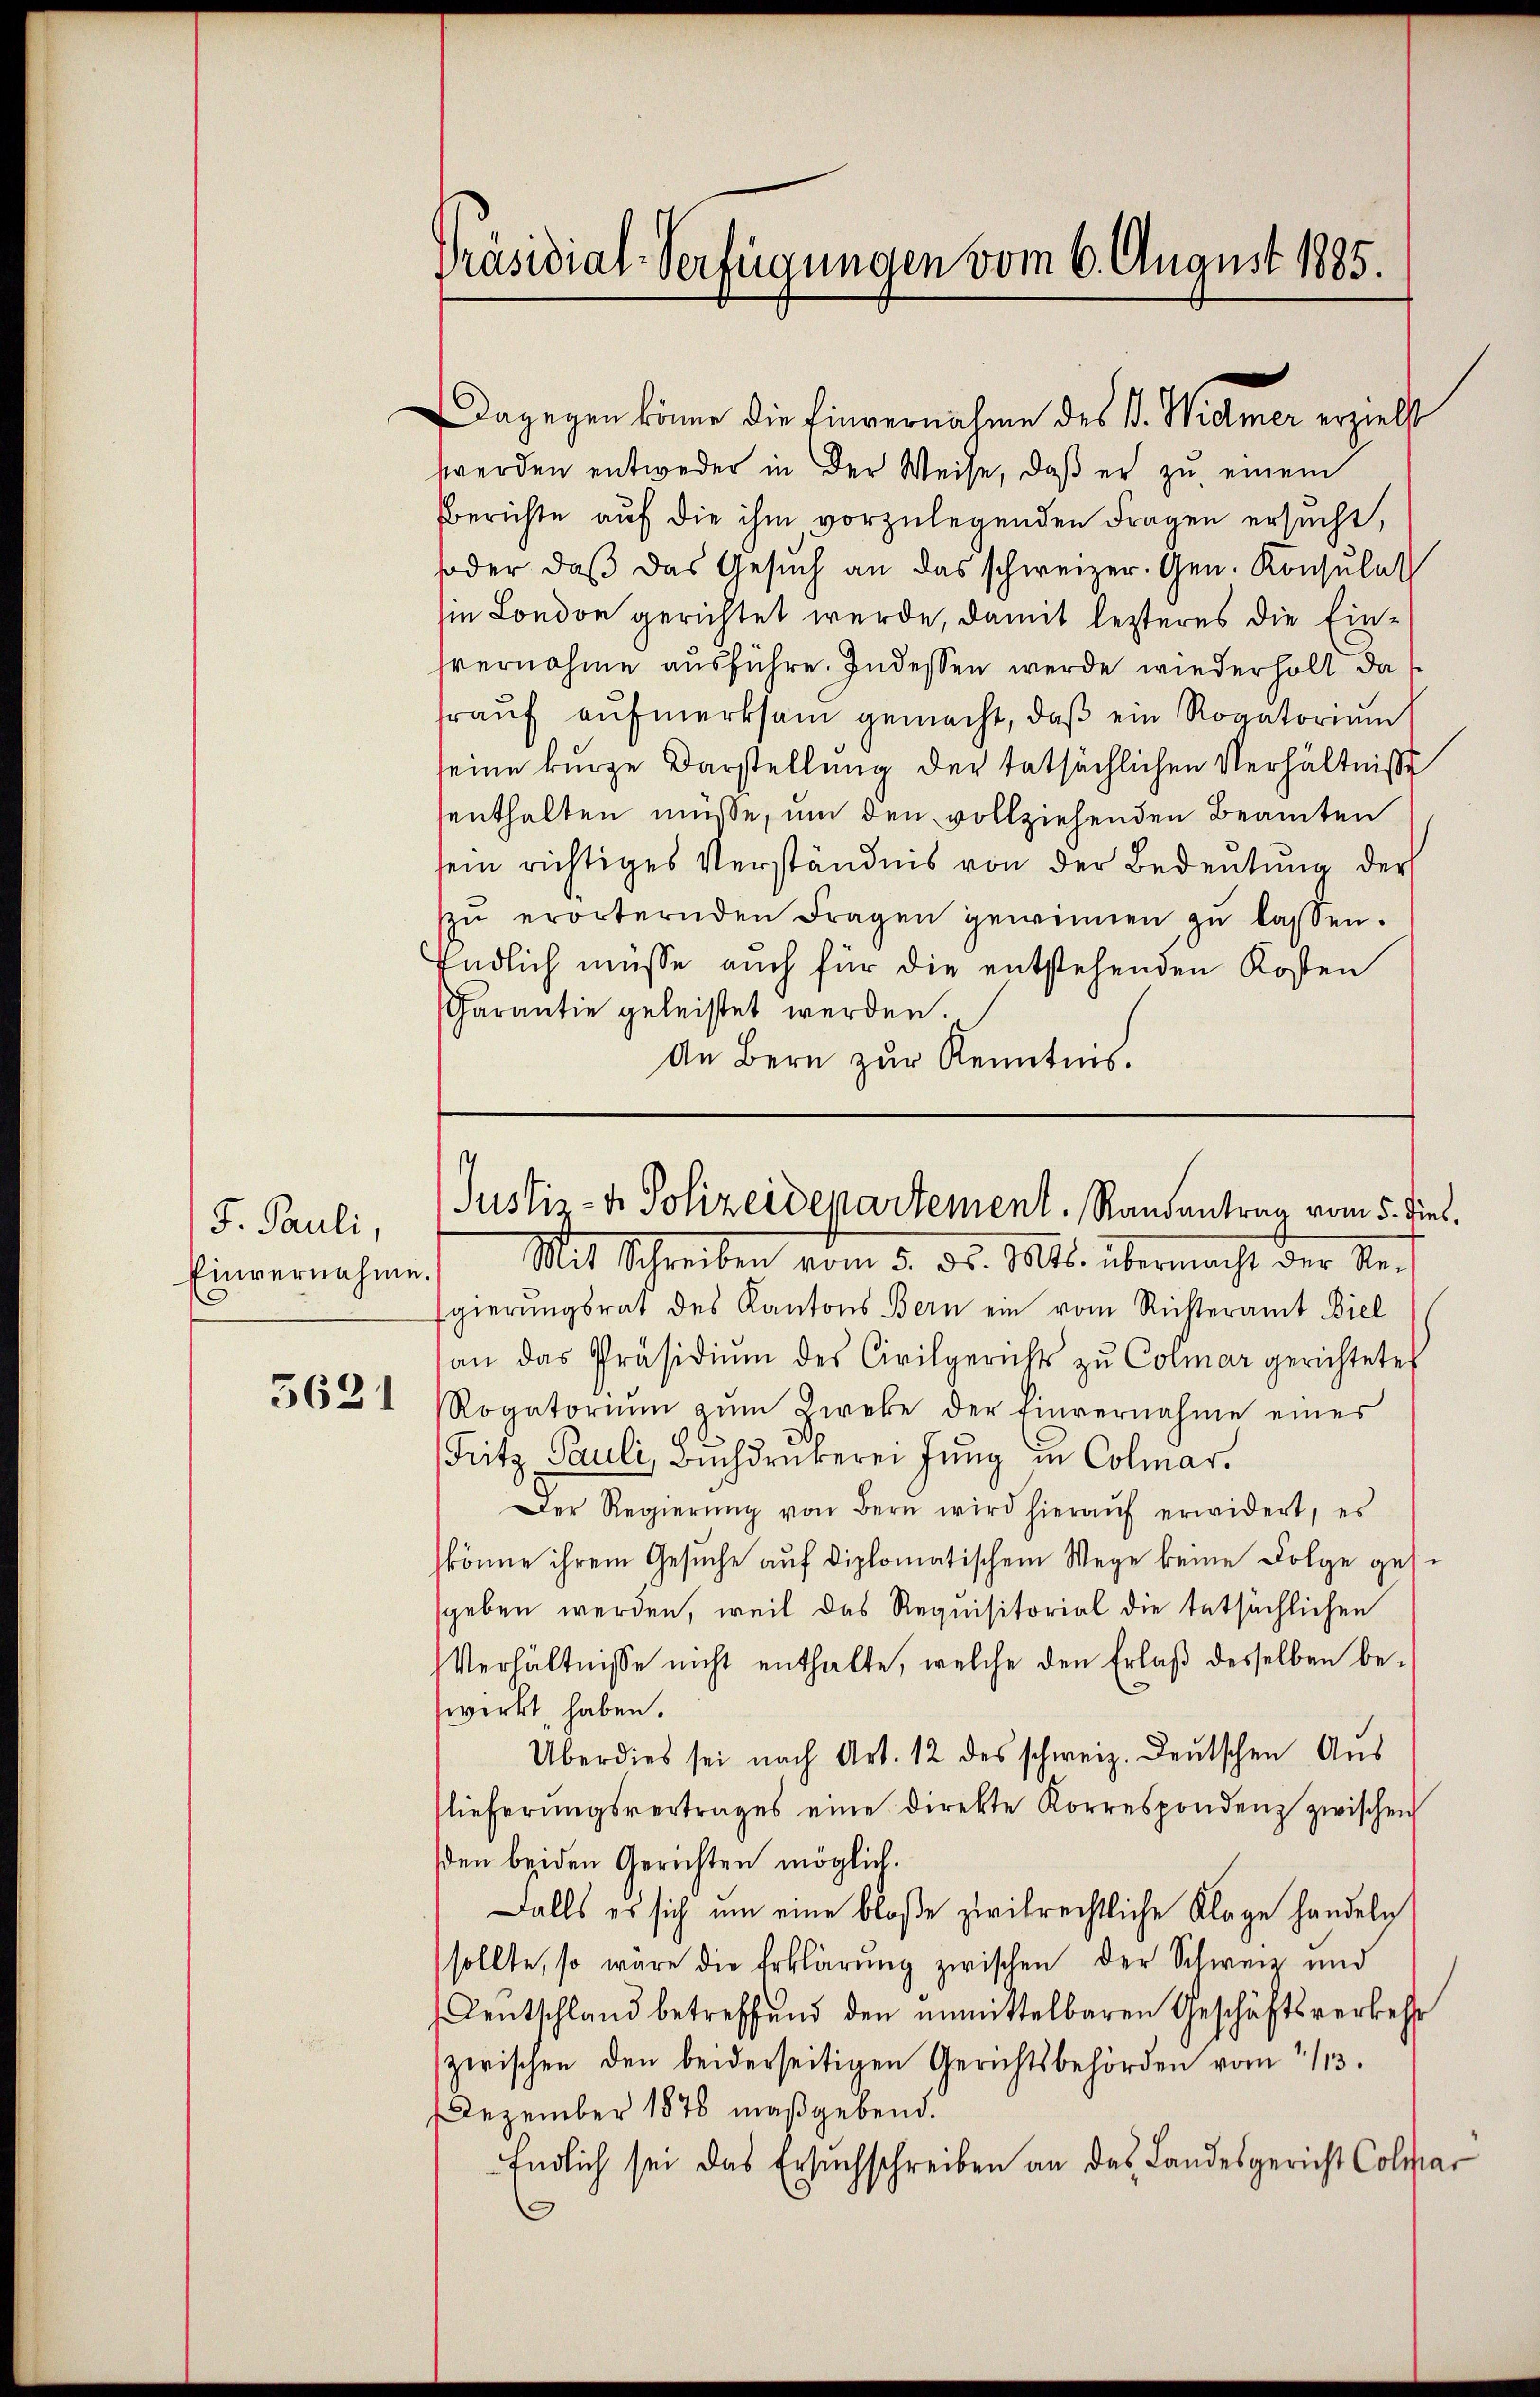
J. Pauli,
Einvernahme.

3621

Dagegen könne die Einvernahme des V. Widmer erzielt
werden entweder in der Weise, daß er zu einem
Berichte auf die ihm vorzulegenden Fragen ersucht,
soder, daβ das Gesŭch an das schweizer. Gen. Konsulat
iin London gerichtet werde, damit lezteres die Einhvernahme ausführe. Indessen werde wiederholt das
raŭf aŭfmerksam gemacht, daß ein Rogatorium
seine kurze Darstellung der tatsächlichen Verhältnisse
senthalten müsse, um den vollziehenden Beamten
sein richtiges Verständnis von der Bedeutung der
zŭ erörternden Fragen gewinnen zŭ lassen.
Endlich müsse auch für die entstehenden Kosten
Carantie geleistet werden.
An Bern zur Kenntnis.

Präsidial-Verfügungen vom 6. August 1885.

Mit Schreiben vom 5. ds. Mts. übermacht der Re-
gierungsrat des Kantons Bern ein vom Richteramt Biel
an das Präsidiŭm des Civilgerichts zŭ Colmar gerichtete
Rogatoriŭm zŭm Zweke der Einvernahme eines
Fritz Pauli, Buchdruckerei Jung in Colmar.
Der Regierŭng von Bern wird hieraŭf erwidert, es
könne ihrem Gesuche auf diplomatischem Wege keine Folge gessgeben werden, weil das Requisitorial die tatsächlichen
Verhältnisse nicht enthalte, welche den Erlaß desselben bewerkt haben.
Überdies sei nach Art. 12 des schweiz. Deutschen Aŭs
lieferŭngsvertrages eine direkte Korrespondenz zwischen
den beiden Gerichten möglich.
Falls es sich um eine bloße zivilrechtliche Klage handeln
sollte, so wäre die Erklärŭng zwischen der Schweiz und
Dentschland betreffend den unmittelbaren Geschäftsverkehr
zwischen den beiderseitigen Gerichtsbehörden vom 2/3.
Dezember 1878 maßgebend.
Endlich sei das Ersuchschreiben an das Landesgericht Colmar

Justiz- & Polizeidepartement. Randentrag vom 5. Diel.